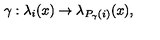
\gamma : \lambda _ { i } ( x ) \rightarrow \lambda _ { P _ { \gamma } ( i ) } ( x ) ,